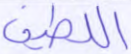
اللطيف